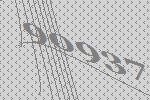
90937